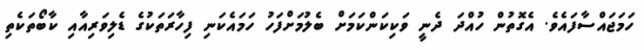
ހަމަޖައްސާފައެވެ. އެގޮތުން ހުއްދަ ދެނީ ވަކިކަންކަމަށް ބެލުމަށްފަހު ހަމައެކަނި ފިހާރަތަކުގެ ޑެލިވަރިއާއި ކާބޯތަކެތި